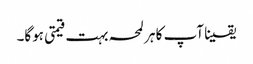
یقینا آپ کا ہر لمحہ بہت قیمتی ہوگا۔